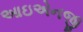
આઇએનજી